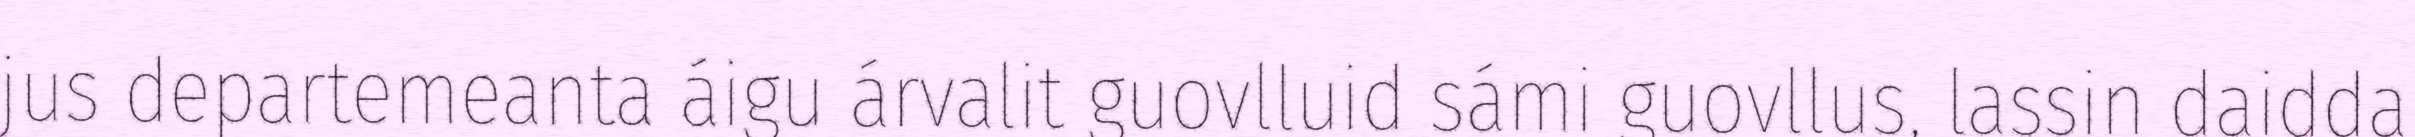
jus departemeanta áigu árvalit guovlluid sámi guovllus, lassin daidda